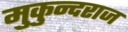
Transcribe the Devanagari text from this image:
मुकुन्दराज